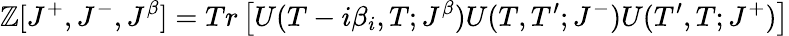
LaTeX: \mathbb{Z}[J^{+},J^{-},J^{\beta}]=Tr\left[U(T-i\beta_{i},T;J^{\beta})U(T,T^{\prime};J^{-})U(T^{\prime},T;J^{+})\right]